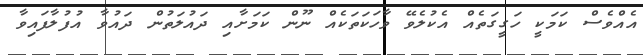
އެއްވެސް ކަމަކީ ހަގީގަތެއް އެކުލެވޭ ވާހަކަތަކެއް ނޫން ކަމަށާއި ދައުލަތުން ދައުވާ އުފުލާފައިވާ